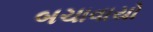
બચાવાયો